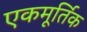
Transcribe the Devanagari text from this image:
एकमूर्तिक